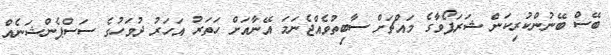
ބޭސް ބޭނުންކުރިކަން ޝަރަޕޯވާގެ މައްޗަށް ސާބިތުވެއްޖެނަމަ އޭނާއަށް ހަތަރު އަހަރު ދުވަހުގެ ސަސްޕެންޝަނެއް